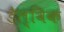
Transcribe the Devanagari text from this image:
डैल्विक